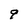
Character: 9